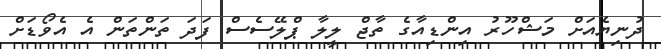
ދުނިޔެއަށް މަޝްހޫރު އިންޑިއާގެ ތާޖް ލީލާ ޕްލޭސެސް ފަދަ ތަންތަން އެ އެވޯޑަށް